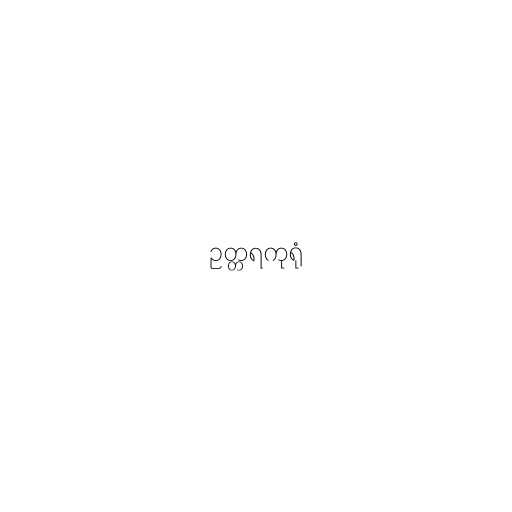
ဥတ္တရကုရုံ